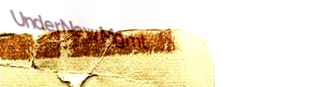
UnderNewMgmt